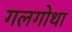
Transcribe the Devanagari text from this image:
गलगोथा